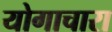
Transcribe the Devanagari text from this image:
योगाचारा